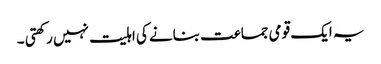
یہ ایک قومی جماعت بنانے کی اہلیت نہیں رکھتی ۔